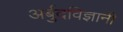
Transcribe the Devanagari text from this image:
अर्बुदविज्ञानी